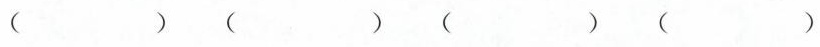
( ) ( ) ( ) ( )